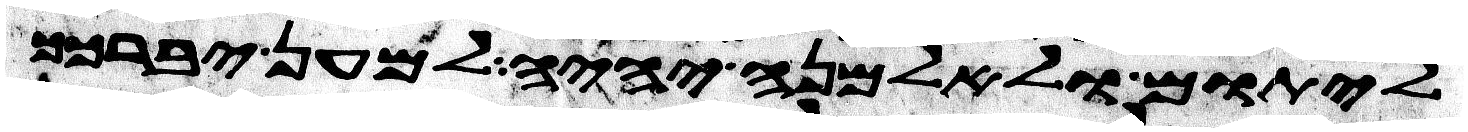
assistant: ליתום ולאלמנה יהיה למען יברכך